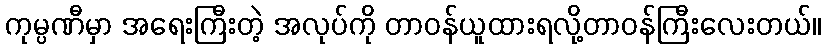
ကုမ္ပဏီမှာ အရေးကြီးတဲ့ အလုပ်ကို တာဝန်ယူထားရလို့တာဝန်ကြီးလေးတယ်။